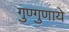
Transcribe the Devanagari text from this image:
गुण्गुणाये